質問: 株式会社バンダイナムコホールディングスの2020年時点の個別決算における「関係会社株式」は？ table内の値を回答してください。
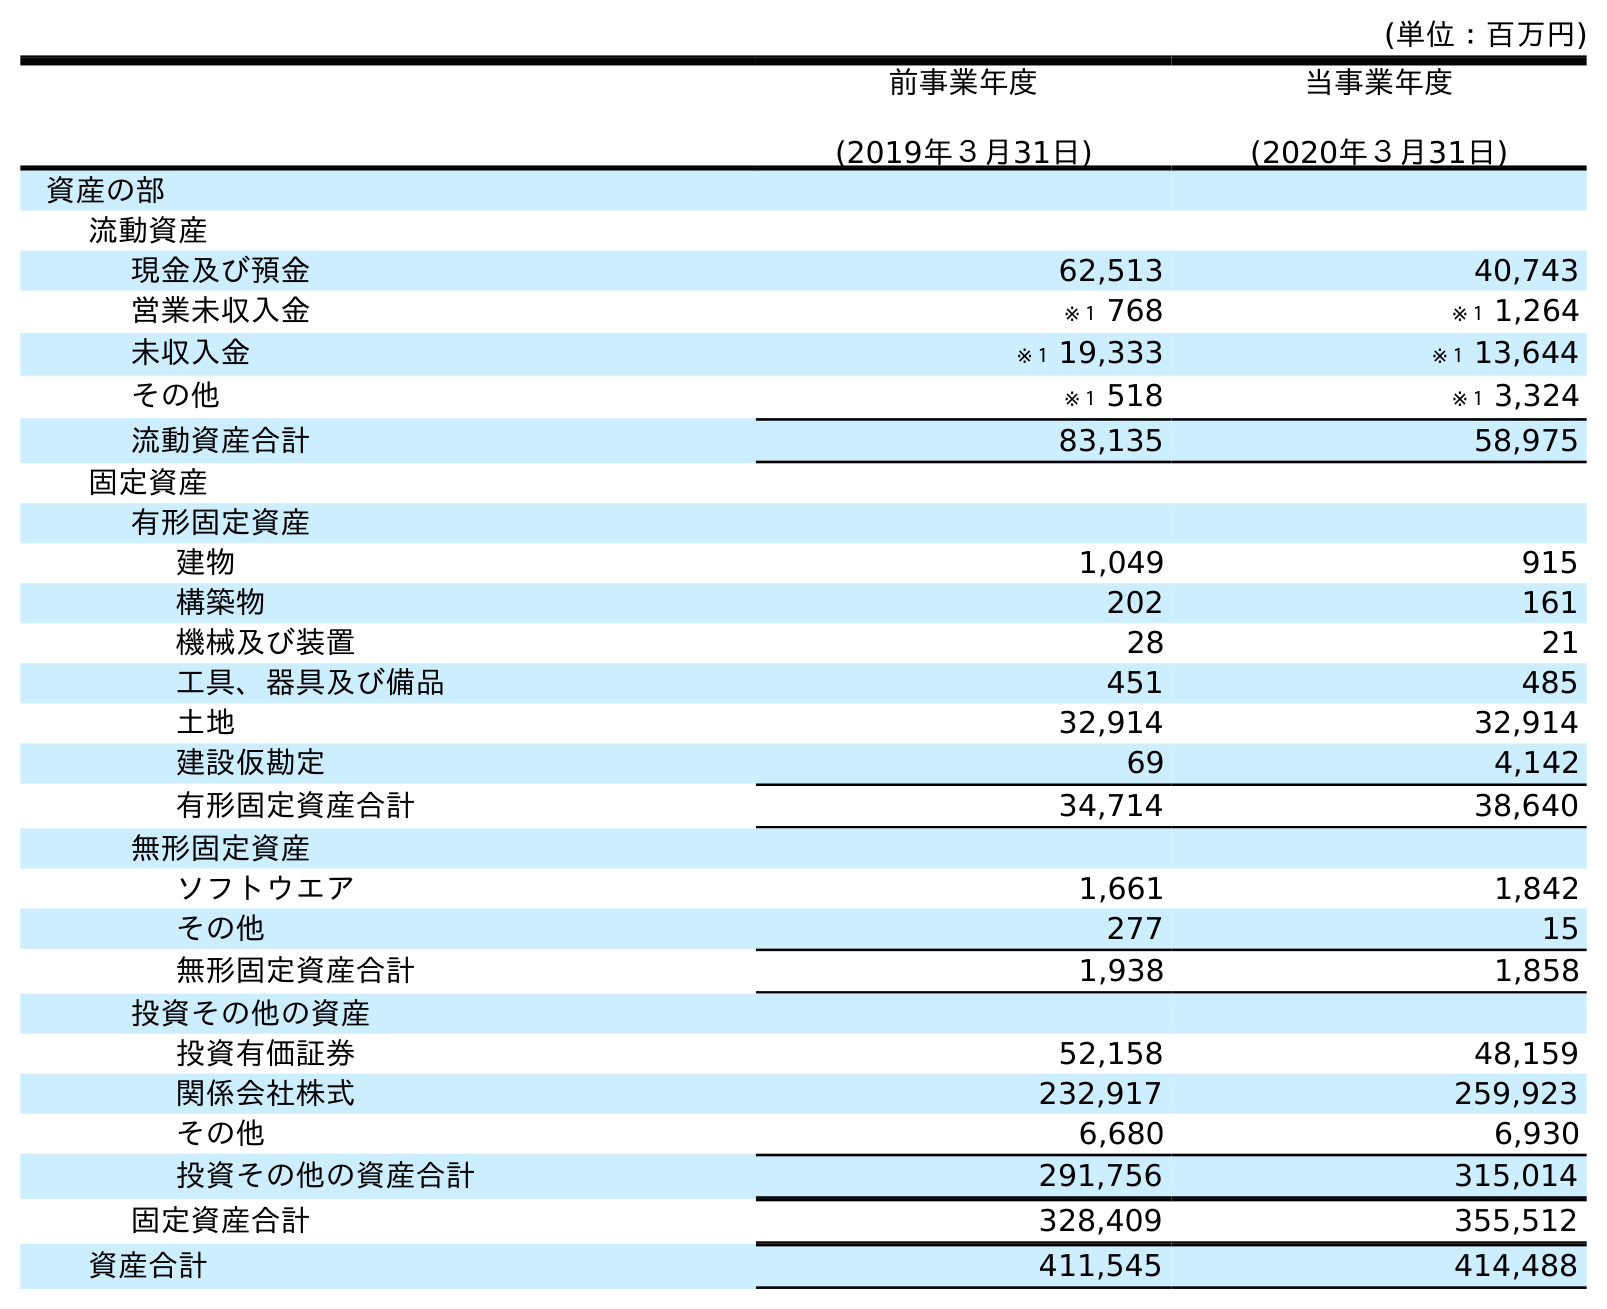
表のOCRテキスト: (単位：百万円) 前事業年度 (2019年３月31日) 当事業年度 (2020年３月31日) 資産の部 流動資産 現金及び預金 62,513 40,743 営業未収入金 ※１ 768 ※１ 1,264 未収入金 ※１ 19,333 ※１ 13,644 その他 ※１ 518 ※１ 3,324 流動資産合計 83,135 58,975 固定資産 有形固定資産 建物 1,049 915 構築物 202 161 機械及び装置 28 21 工具、器具及び備品 451 485 土地 32,914 32,914 建設仮勘定 69 4,142 有形固定資産合計 34,714 38,640 無形固定資産 ソフトウエア 1,661 1,842 その他 277 15 無形固定資産合計 1,938 1,858 投資その他の資産 投資有価証券 52,158 48,159 関係会社株式 232,917 259,923 その他 6,680 6,930 投資その他の資産合計 291,756 315,014 固定資産合計 328,409 355,512 資産合計 411,545 414,488
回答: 259,923